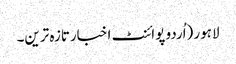
لاہور (اُردو پوائنٹ اخبارتازہ ترین۔